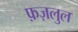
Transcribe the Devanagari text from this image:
फ़ज़लुल